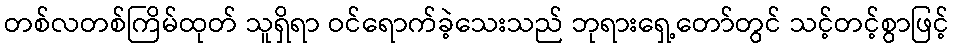
တစ်လတစ်ကြိမ်ထုတ် သူရှိရာ ဝင်ရောက်ခဲ့သေးသည် ဘုရားရှေ့တော်တွင် သင့်တင့်စွာဖြင့်